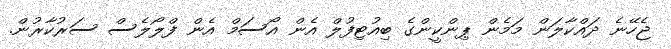
ޖެހޭނެ ދައްކާލަން މަމެން ޕިންކީންގެ ބިއުޓިފުލް އެން އޯސަމް އެން ފްލޯލެސް ސަރުކާރުން.